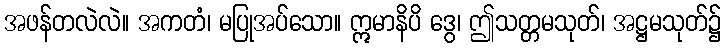
အဖန်တလဲလဲ။ အကတံ၊ မပြုအပ်သော။ ဣမာနိပိ ဒွေ၊ ဤသတ္တမသုတ်၊ အဋ္ဌမသုတ်၌